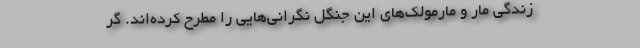
زندگی مار و مارمولک‌های این جنگل نگرانی‌هایی را مطرح کرده‌اند. گر